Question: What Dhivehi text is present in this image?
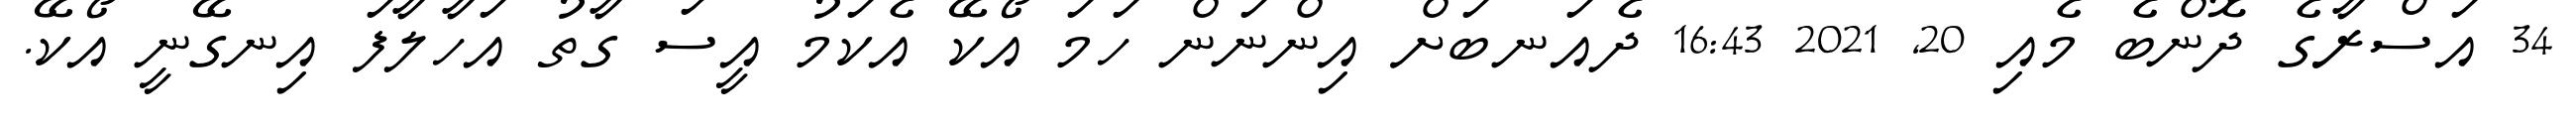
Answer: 34 އަސްރާގެ ދޮންބެ މެއި 20, 2021 16:43 ދެއަނބަށް އިންނަން ހަމަ އޯކޭ އެކަމު އީސަ ގާތު އަހާލާފަ އިނގޭނީ އޯކޭ.